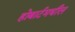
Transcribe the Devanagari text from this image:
होबार्टमधील